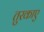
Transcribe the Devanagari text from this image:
तुरकाए